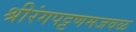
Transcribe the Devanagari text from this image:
श्रीरंगपट्टणमजवळ